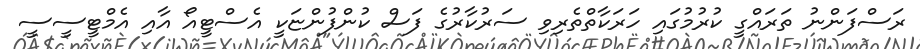
ރަސްފަންނު ތަރައްގީ ކުރުމުގައި ހަރަކާތްތެރިވި ސަރުކާރުގެ ފަސް ކުންފުންޏަކީ އެސްޓީއޯ އާއި އެމްޓީސީސީ